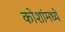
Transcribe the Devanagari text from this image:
कोशांमध्ये